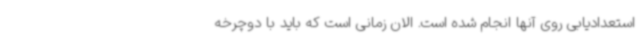
استعدادیابی روی آنها انجام شده است. الان زمانی است که باید با دوچرخه